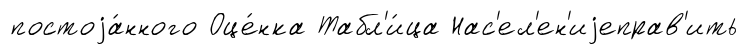
постоjа́нного Оце́нка Табл'и́ца Нас'ел'ен'иjеправ'ить